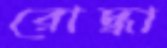
রোদ্ধা